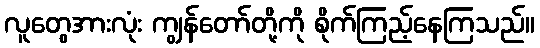
လူတွေအားလုံး ကျွန်တော်တို့ကို စိုက်ကြည့်နေကြသည်။